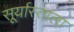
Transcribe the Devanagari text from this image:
सूर्यास्ताला